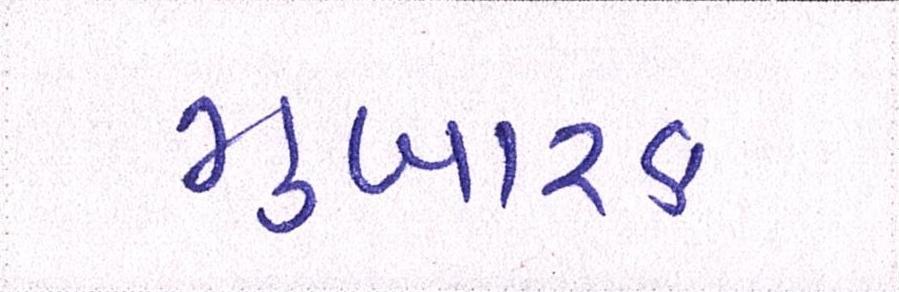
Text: મુબારક